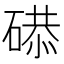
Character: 𥔸